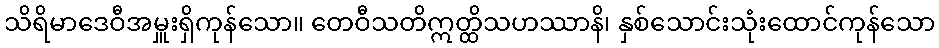
သိရိမာဒေဝီအမှူးရှိကုန်သော။ တေဝီသတိဣတ္ထိသဟဿာနိ၊ နှစ်သောင်းသုံးထောင်ကုန်သော